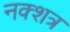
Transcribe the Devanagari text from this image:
नक्शत्र